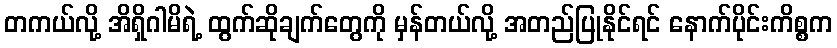
တကယ်လို့ အိရှိဂါမိရဲ့ ထွက်ဆိုချက်တွေကို မှန်တယ်လို့ အတည်ပြုနိုင်ရင် နောက်ပိုင်းကိစ္စက